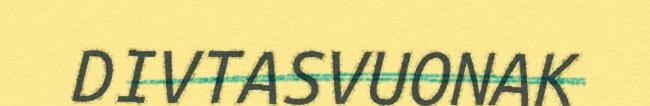
DIVTASVUONAK